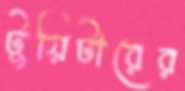
টুয়িটারের